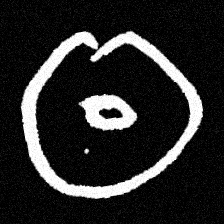
Pyu character \u2014 Myanmar letter: ထ (romanized: tha)